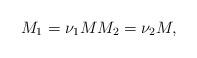
LaTeX: \begin{align*}M_1 = \nu_1 MM_2 = \nu_2 M,\end{align*}